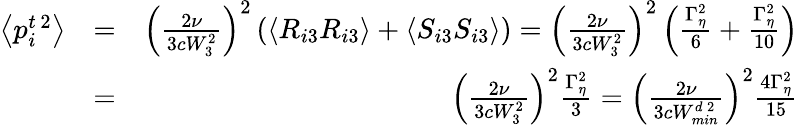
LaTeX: \begin{array}{rlr}{\left\langle p_{i}^{t\, 2}\right\rangle}&{=}&{\left(\frac{2\nu}{3cW_{3}^{2}}\right)^{2}\left(\left\langle R_{i3}R_{i3}\right\rangle+\left\langle S_{i3}S_{i3}\right\rangle\right)=\left(\frac{2\nu}{3cW_{3}^{2}}\right)^{2}\left(\frac{\Gamma_{\eta}^{2}}{6}+\frac{\Gamma_{\eta}^{2}}{10}\right)}\\ &{=}&{\left(\frac{2\nu}{3cW_{3}^{2}}\right)^{2}\frac{\Gamma_{\eta}^{2}}{3}=\left(\frac{2\nu}{3cW_{min}^{d\, 2}}\right)^{2}\frac{4\Gamma_{\eta}^{2}}{15}}\end{array}